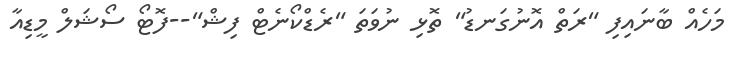
މަހެއް ބާނައިފި "ރަތް އޮނުގަނޑު" ތޮޅި ނުވަތަ "ރެޑްކޯނެޓް ފިޝް"--ފޮޓޯ ސޯޝަލް މީޑިއާ